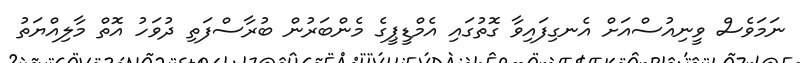
ނަމަވެސް ވީނިއުސްއަށް އެނގިފައިވާ ގޮތުގައި އެމްޑީޕީގެ މެންބަރުން ބުރާސްފަތި ދުވަހު އޮތް މާލިއްޔަތު